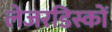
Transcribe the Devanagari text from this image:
लेजरडिस्कों